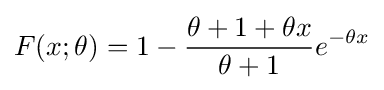
F(x;\theta )=1-{\frac {\theta +1+\theta x}{\theta +1}}e^{-\theta x}